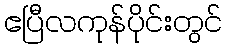
ဧပြီလကုန်ပိုင်းတွင်